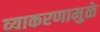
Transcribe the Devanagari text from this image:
व्याकरणामुळे